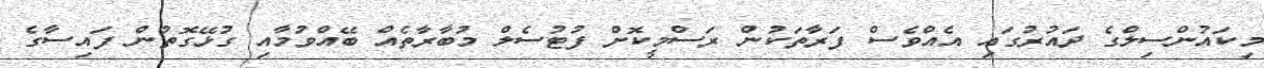
މިކައުންސިލްގެ ދައުރުގައި އެއްވެސް ފަރާތަކުން ރަސްމީކޮށް ފުޓުސެލް މުބާރާތެއް ބޭއްވުމާއި ގުޅޭގޮތުން ފައިސާގެ